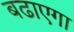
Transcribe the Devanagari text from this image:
बढाएगा